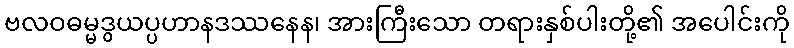
ဗလဝဓမ္မဒွယပ္ပဟာနဒဿနေန၊ အားကြီးသော တရားနှစ်ပါးတို့၏ အပေါင်းကို